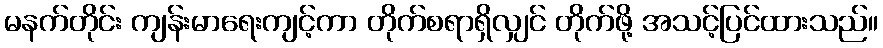
မနက်တိုင်း ကျန်းမာရေးကျင့်ကာ တိုက်စရာရှိလျှင် တိုက်ဖို့ အသင့်ပြင်ထားသည်။